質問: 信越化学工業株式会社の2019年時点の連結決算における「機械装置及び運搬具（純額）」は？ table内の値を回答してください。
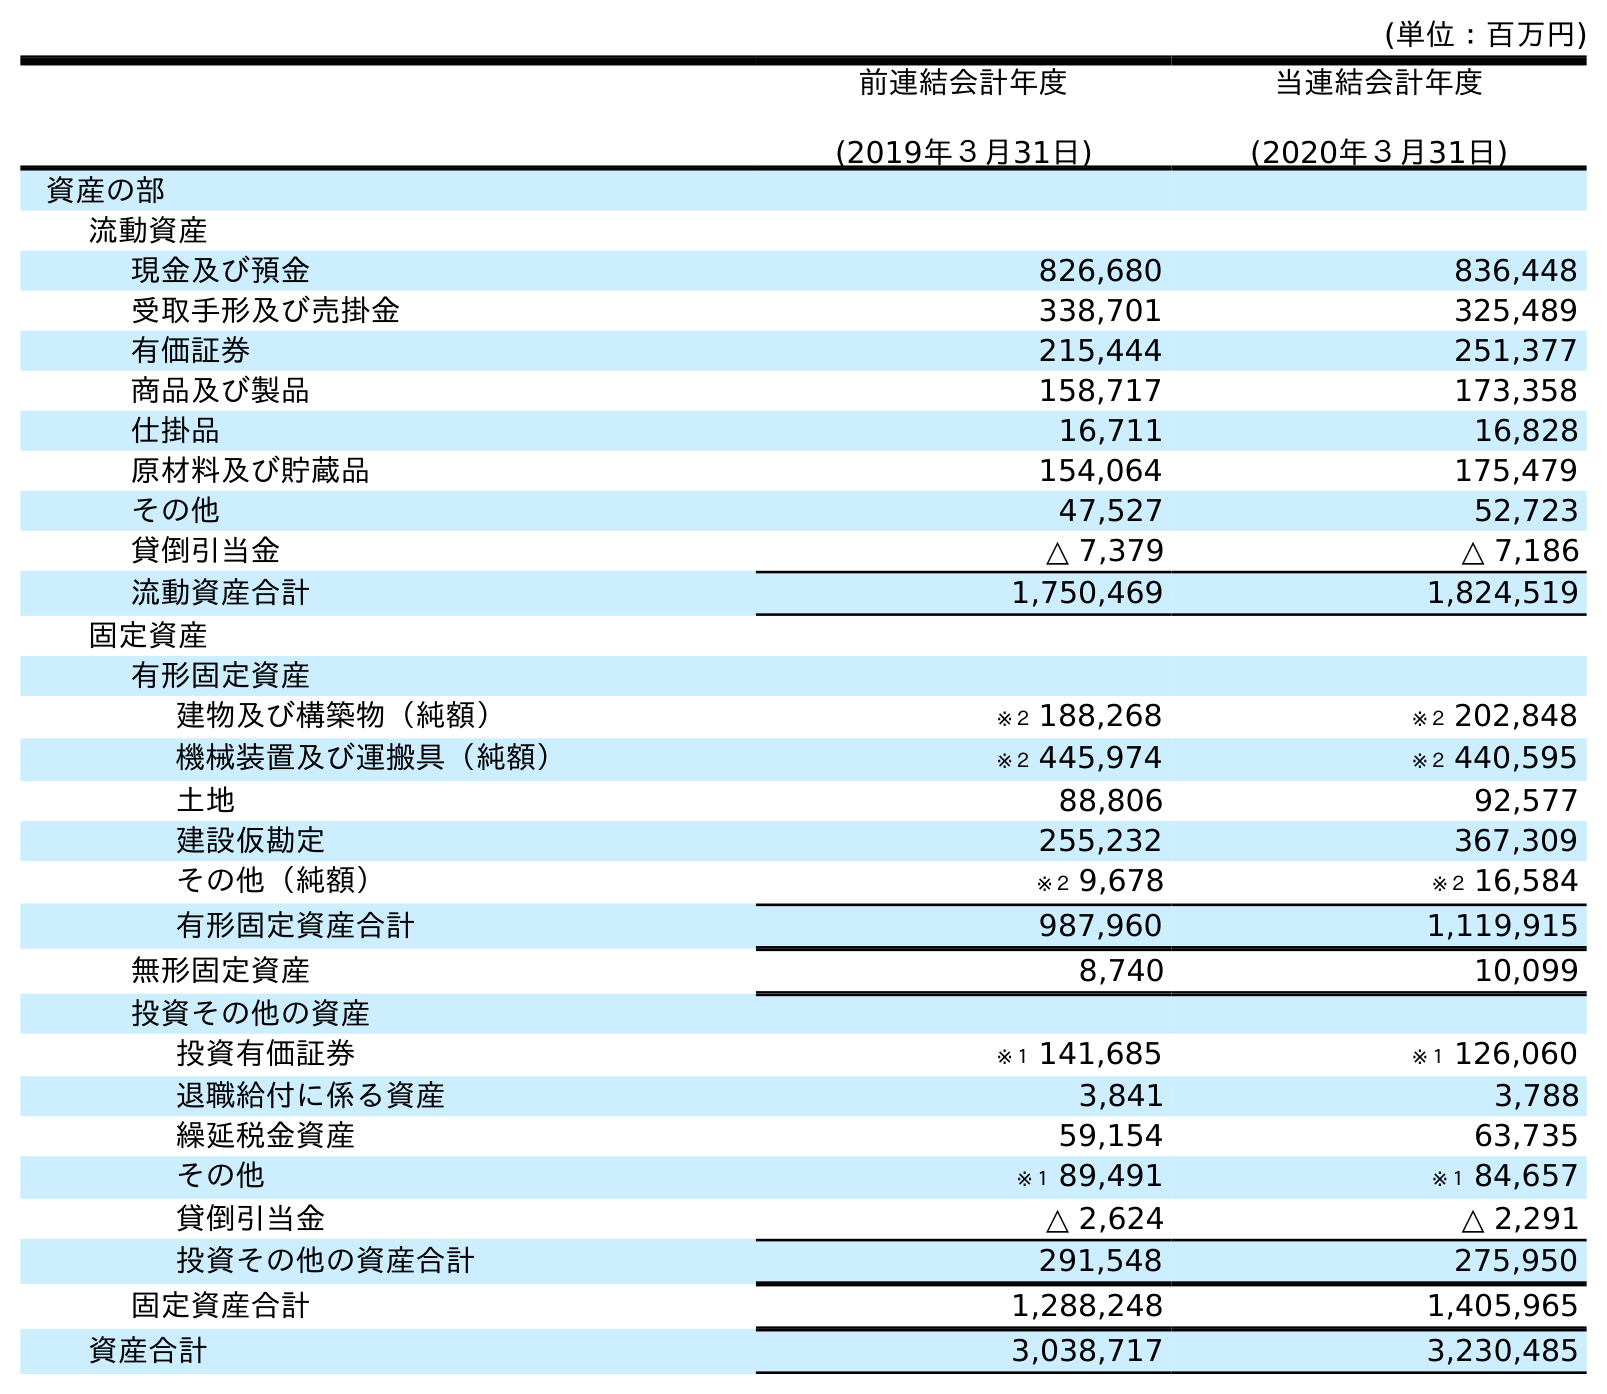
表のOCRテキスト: (単位：百万円) 前連結会計年度 (2019年３月31日) 当連結会計年度 (2020年３月31日) 資産の部 流動資産 現金及び預金 826,680 836,448 受取手形及び売掛金 338,701 325,489 有価証券 215,444 251,377 商品及び製品 158,717 173,358 仕掛品 16,711 16,828 原材料及び貯蔵品 154,064 175,479 その他 47,527 52,723 貸倒引当金 △ 7,379 △ 7,186 流動資産合計 1,750,469 1,824,519 固定資産 有形固定資産 建物及び構築物（純額） ※２ 188,268 ※２ 202,848 機械装置及び運搬具（純額） ※２ 445,974 ※２ 440,595 土地 88,806 92,577 建設仮勘定 255,232 367,309 その他（純額） ※２ 9,678 ※２ 16,584 有形固定資産合計 987,960 1,119,915 無形固定資産 8,740 10,099 投資その他の資産 投資有価証券 ※１ 141,685 ※１ 126,060 退職給付に係る資産 3,841 3,788 繰延税金資産 59,154 63,735 その他 ※１ 89,491 ※１ 84,657 貸倒引当金 △ 2,624 △ 2,291 投資その他の資産合計 291,548 275,950 固定資産合計 1,288,248 1,405,965 資産合計 3,038,717 3,230,485
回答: ※２445,974